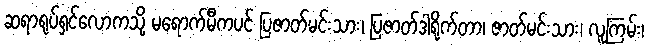
ဆရာရုပ်ရှင်လောကသို့ မရောက်မီကပင် ပြဇာတ်မင်းသား၊ ပြဇာတ်ဒါရိုက်တာ၊ ဇာတ်မင်းသား၊ လူကြမ်း၊